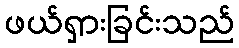
ဖယ်ရှားခြင်းသည်